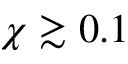
\chi \gtrsim 0 . 1